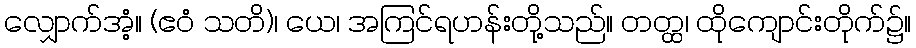
လျှောက်အံ့။ (ဧဝံ သတိ)၊ ယေ၊ အကြင်ရဟန်းတို့သည်။ တတ္ထ၊ ထိုကျောင်းတိုက်၌။